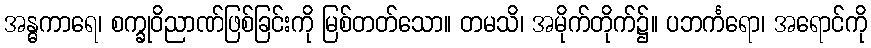
အန္ဓကာရေ၊ စက္ခုဝိညာဏ်ဖြစ်ခြင်းကို မြစ်တတ်သော။ တမသိ၊ အမိုက်တိုက်၌။ ပဘင်္ကရော၊ အရောင်ကို